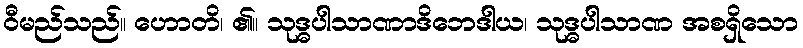
ဝီမည်သည်။ ဟောတိ၊ ၏။ သုဒ္ဓပါသာဏာဒိဘေဒါယ၊ သုဒ္ဓပါသာဏ အစရှိသော